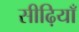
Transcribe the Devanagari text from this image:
सीढ़ियाँ